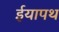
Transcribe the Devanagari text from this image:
ईयापथ